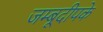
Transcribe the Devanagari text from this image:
जम्बूदीपके